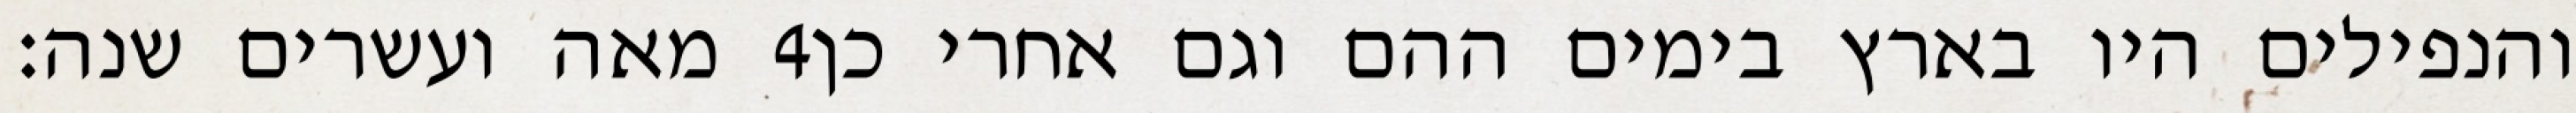
מאה ועשרים שנה׃ ‎4‏ והנפילים היו בארץ בימים ההם וגם אחרי כן